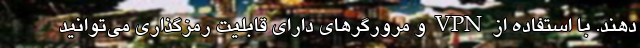
دهند. با استفاده از VPN و مرورگر‌های دارای قابلیت رمزگذاری می‌توانید